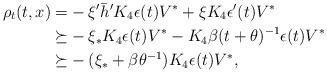
LaTeX: \begin{align*}\rho_t(t,x)=&-\xi'\bar h' K_4\epsilon(t)V^*+\xi K_4\epsilon'(t)V^*\\\succeq & -\xi_*K_4\epsilon(t)V^*- K_4\beta(t+\theta)^{-1}\epsilon(t)V^*\\\succeq &-(\xi_* +\beta\theta^{-1})K_4\epsilon(t)V^*,\end{align*}